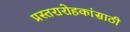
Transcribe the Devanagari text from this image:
प्रस्तरारोहकांसाठी